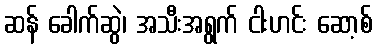
ဆန် ခေါက်ဆွဲ၊ အသီးအရွက် ငါးဟင်း ဆော့စ်